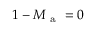
1 - M _ { \mathrm { ~ a ~ } } = 0